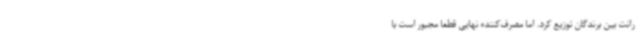
رانت بین برندگان توزیع کرد. اما مصرف‌کننده نهایی قطعاً مجبور است با